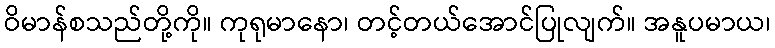
ဝိမာန်စသည်တို့ကို။ ကုရုမာနော၊ တင့်တယ်အောင်ပြုလျက်။ အနူပမာယ၊